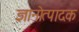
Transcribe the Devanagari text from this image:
ज्ञानोत्पादक